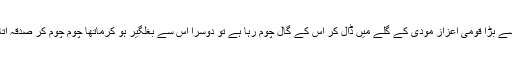
ایک سب سے بڑا قومی اعزاز مودی کے گلے میں ڈال کر اس کے گال چوم رہا ہے تو دوسرا اس سے بغلگیر ہو کرماتھا چوم چوم کر صدقہ اُتار رہا ہے۔